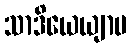
သာဒိယေယျာမ